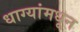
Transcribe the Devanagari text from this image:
धाग्यांमधून